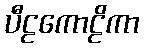
ပီဠကောဠိကာ